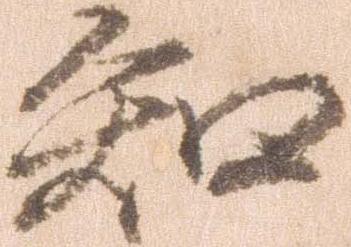
知